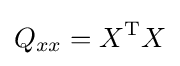
Q_{xx}=X^{\operatorname {T} }X